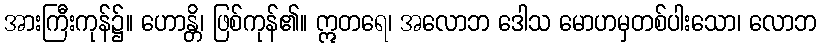
အားကြီးကုန်၌။ ဟောန္တိ၊ ဖြစ်ကုန်၏။ ဣတရေ၊ အလောဘ ဒေါသ မောဟမှတစ်ပါးသော၊ လောဘ